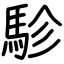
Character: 駗